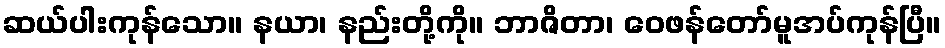
ဆယ်ပါးကုန်သော။ နယာ၊ နည်းတို့ကို။ ဘာဇိတာ၊ ဝေဖန်တော်မူအပ်ကုန်ပြီ။